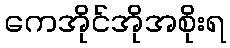
ကေအိုင်အိုအစိုးရ